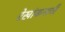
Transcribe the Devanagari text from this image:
रेखांकनाची